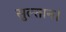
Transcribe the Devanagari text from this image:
सुल्तान।